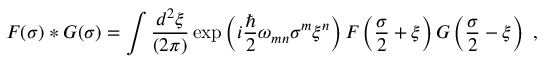
F ( \sigma ) \ast G ( \sigma ) = \int { \frac { d ^ { 2 } \xi } { ( 2 \pi ) } } \exp \left( i { \frac { \hbar } { 2 } } \omega _ { m n } \sigma ^ { m } \xi ^ { n } \right) F \left( { \frac { \sigma } { 2 } } + \xi \right) G \left( { \frac { \sigma } { 2 } } - \xi \right) \ ,